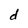
Character: d